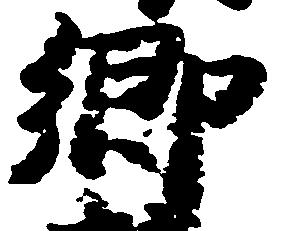
郷